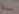
ماذا